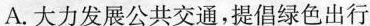
A.大力发展公共交通，提倡绿色出行